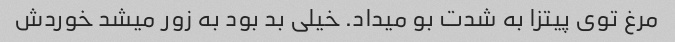
مرغ توی پیتزا به شدت بو میداد. خیلی بد بود به زور میشد خوردش